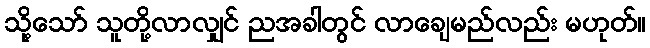
သို့သော် သူတို့လာလျှင် ညအခါတွင် လာချေမည်လည်း မဟုတ်။